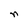
Character: n